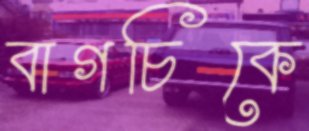
বাগচিকে